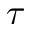
\boldsymbol { \tau }